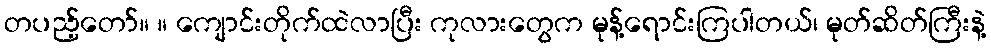
တပည့်တော်။ ။ ကျောင်းတိုက်ထဲလာပြီး ကုလားတွေက မုန့်ရောင်းကြပါတယ်၊ မုတ်ဆိတ်ကြီးနဲ့